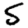
Digit: 5